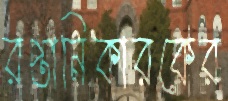
রপ্তানিকারকের